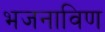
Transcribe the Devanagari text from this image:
भजनाविण